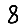
Digit: 8